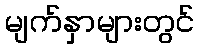
မျက်နှာများတွင်